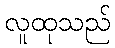
လူထုသည်